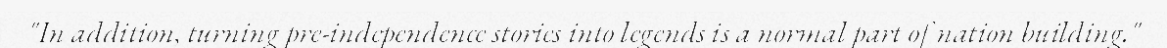
"In addition, turning pre-independence stories into legends is a normal part of nation building."